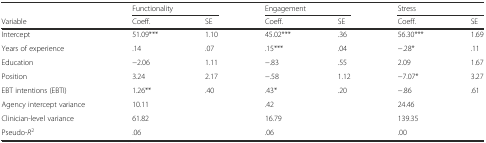
|  | <COLSPAN=2> Functionality | <COLSPAN=2> Engagement | <COLSPAN=2> Stress |
 | Variable | Coeff. | SE | Coeff. | SE | Coeff. | SE |
 | --- | --- | --- | --- | --- | --- | --- |
 | Intercept | 51.09*** | 1.10 | 45.02*** | .36 | 56.30*** | 1.69 |
 | Years of experience | .14 | .07 | .15*** | .04 | −.28* | .11 |
 | Education | −2.06 | 1.11 | −.83 | .55 | 2.09 | 1.67 |
 | Position | 3.24 | 2.17 | −.58 | 1.12 | −7.07* | 3.27 |
 | EBT intentions (EBTI) | 1.26** | .40 | .43* | .20 | −.86 | .61 |
 | Agency intercept variance | 10.11 |  | .42 |  | 24.46 |  |
 | Clinician-level variance | 61.82 |  | 16.79 |  | 139.35 |  |
 | Pseudo-R2 | .06 |  | .06 |  | .00 |  |